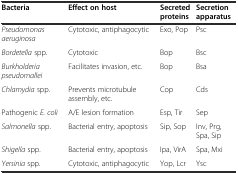
<table><thead><tr><td><b>Bacteria</b></td><td><b>Effect on host</b></td><td><b>Secreted proteins</b></td><td><b>Secretion apparatus</b></td></tr></thead><tbody><tr><td><i>Pseudomonas aeruginosa</i></td><td>Cytotoxic, antiphagocytic</td><td>Exo, Pop</td><td>Psc</td></tr><tr><td><i>Bordetella</i> spp.</td><td>Cytotoxic</td><td>Bop</td><td>Bsc</td></tr><tr><td><i>Burkholderia pseudomallei</i></td><td>Facilitates invasion, etc.</td><td>Bop</td><td>Bsa</td></tr><tr><td><i>Chlamydia</i> spp.</td><td>Prevents microtubule assembly, etc.</td><td>Cop</td><td>Cds</td></tr><tr><td>Pathogenic <i>E. coli</i></td><td>A/E lesion formation</td><td>Esp, Tir</td><td>Sep</td></tr><tr><td><i>Salmonella</i> spp.</td><td>Bacterial entry, apoptosis</td><td>Sip, Sop</td><td>Inv, Prg, Spa, Sip</td></tr><tr><td><i>Shigella</i> spp.</td><td>Bacterial entry, apoptosis</td><td>Ipa, VirA</td><td>Spa, Mxi</td></tr><tr><td><i>Yersinia</i> spp.</td><td>Cytotoxic, antiphagocytic</td><td>Yop, Lcr</td><td>Ysc</td></tr></tbody></table>